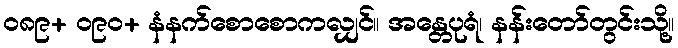
၀၈၉+ ၀၉၀+ နံနက်စောစောကလျှင်။ အန္တေပုရံ၊ နန်းတော်တွင်းသို့။